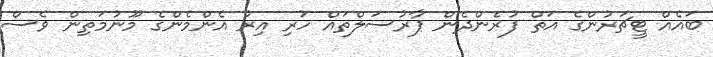
ބައެއް ޓީޗަރުންގެ އަތް ފުރެންދެން ޕާރުސަލްތައް ހުރި އިރު އެންމެންގެ މޫނުމަތިން ވެސް